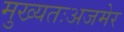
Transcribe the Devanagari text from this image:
मुख्यतःअजमेर